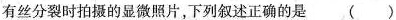
有丝分裂时拍摄的显微照片，下列叙述正确的是 ()